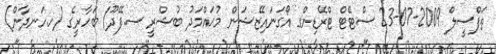
ތަފްސީލް 2009-07-23 ސްޓޭޓް ޓްރޭޑިންގ އޯގަނައިޒޭޝަން މުޙައްމަދު ބުޝްރީ ސ.ފޭދޫ/ ބަހާރީގެ (ހ.ހަނދާން)